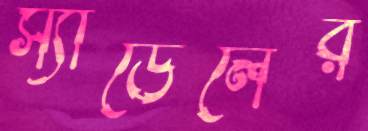
স্যাডেলের